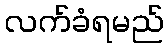
လက်ခံရမည်